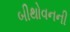
બીથોવનની